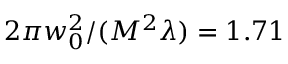
2 \pi w _ { 0 } ^ { 2 } / ( M ^ { 2 } \lambda ) = 1 . 7 1